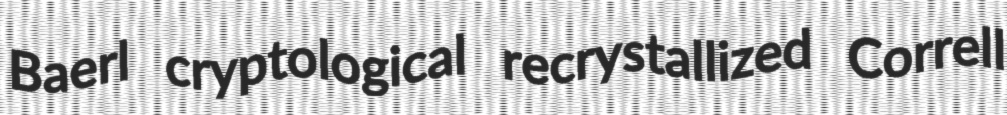
Baerl cryptological recrystallized Correll